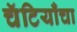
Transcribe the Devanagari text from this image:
चॅटियाँचा